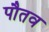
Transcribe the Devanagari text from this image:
पौतव